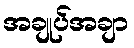
အချုပ်အချာ